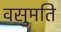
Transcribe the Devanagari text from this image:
वसुमति